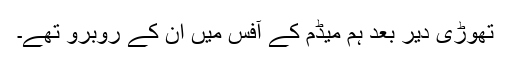
تھوڑی دیر بعد ہم میڈم کے آفس میں ان کے روبرو تھے۔